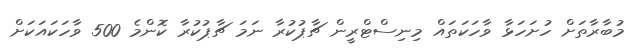
މުބާރާތަށް ހުށަހަޅާ ވާހަކަތައް މިނިސްޓްރީން ޗާޕުކުރާ ނަމަ ޗާޕުކުރާ ކޮންމެ 500 ވާހަކައަކަށް